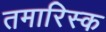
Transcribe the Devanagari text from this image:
तमारिस्क